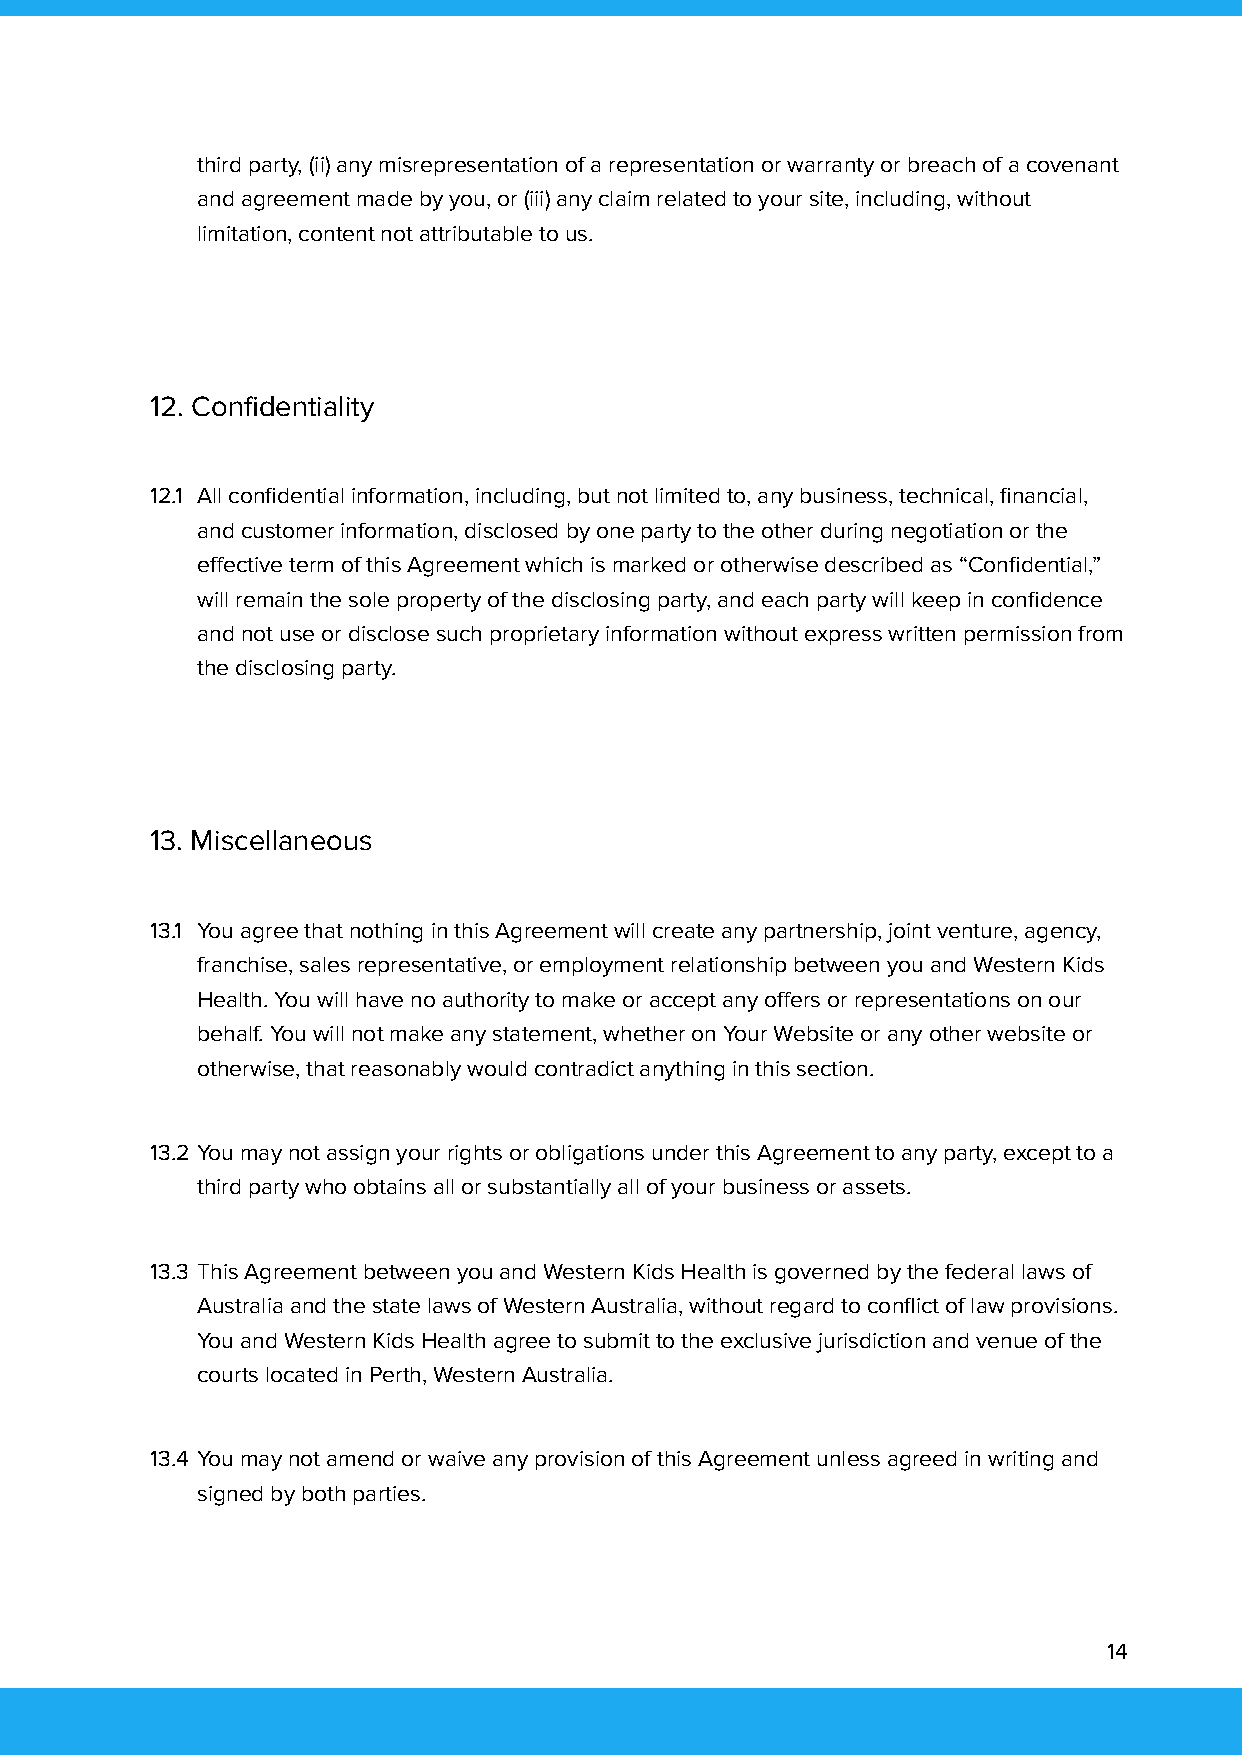
third party, (ii) any misrepresentation of a representation or warranty or breach of a covenant
 and agreement made by you, or (iii) any claim related to your site, including, without
 limitation, content not attributable to us.
 12. Confidentiality
 12.1 All confidential information, including, but not limited to, any business, technical, financial,
 and customer information, disclosed by one party to the other during negotiation or the
 effective term of this Agreement which is marked or otherwise described as “Confidential,”
 will remain the sole property of the disclosing party, and each party will keep in confidence
 and not use or disclose such proprietary information without express written permission from
 the disclosing party.
 13. Miscellaneous
 13.1 You agree that nothing in this Agreement will create any partnership, joint venture, agency,
 franchise, sales representative, or employment relationship between you and Western Kids
 Health. You will have no authority to make or accept any offers or representations on our
 behalf. You will not make any statement, whether on Your Website or any other website or
 otherwise, that reasonably would contradict anything in this section.
 13.2 You may not assign your rights or obligations under this Agreement to any party, except to a
 third party who obtains all or substantially all of your business or assets.
 13.3 This Agreement between you and Western Kids Health is governed by the federal laws of
 Australia and the state laws of Western Australia, without regard to conflict of law provisions.
 You and Western Kids Health agree to submit to the exclusive jurisdiction and venue of the
 courts located in Perth, Western Australia.
 13.4 You may not amend or waive any provision of this Agreement unless agreed in writing and
 signed by both parties.
 14